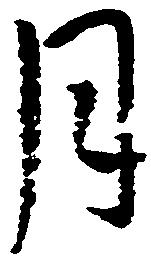
月